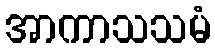
အာကာသသမံ